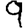
Digit: 9